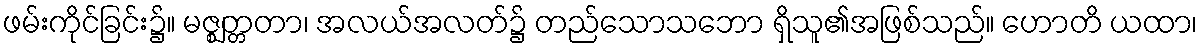
ဖမ်းကိုင်ခြင်း၌။ မဇ္ဈတ္တတာ၊ အလယ်အလတ်၌ တည်သောသဘော ရှိသူ၏အဖြစ်သည်။ ဟောတိ ယထာ၊